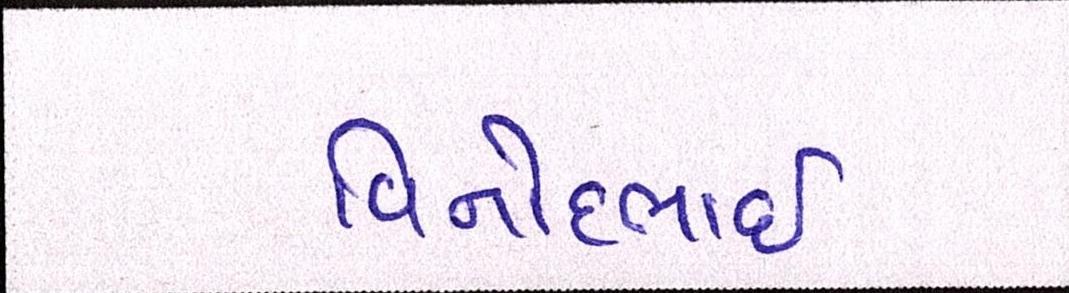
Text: વિનોદભાઈ